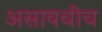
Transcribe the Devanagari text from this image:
असायचीच